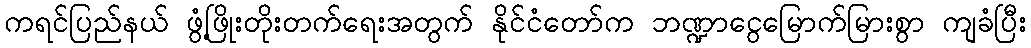
ကရင်ပြည်နယ် ဖွံ့ဖြိုးတိုးတက်ရေးအတွက် နိုင်ငံတော်က ဘဏ္ဍာငွေမြောက်မြားစွာ ကျခံပြီး